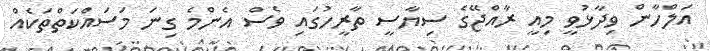
އަލްހާން ވިދާޅުވީ މިއީ ރާއްޖޭގެ ސިޔާސީ ތާރީހުގައި ވެސް އެންމެ ގިނަ މަސައްކަތްތަކެއް